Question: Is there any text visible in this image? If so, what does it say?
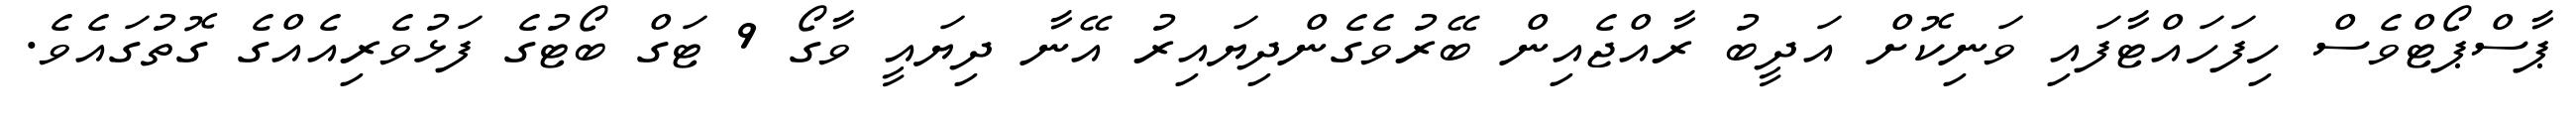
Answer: ޕާސްޕޯޓްވެސް ހިފަހައްޓާފައި ވަނިކޮށް އަދީބު ރާއްޖެއިން ބޭރުވެގެންދިޔައިރު އޭނާ ދިޔައީ ވާގޯ 9 ޓަގް ބޯޓުގެ ފަޅުވެރިއެއްގެ ގޮތުގައެވެ.